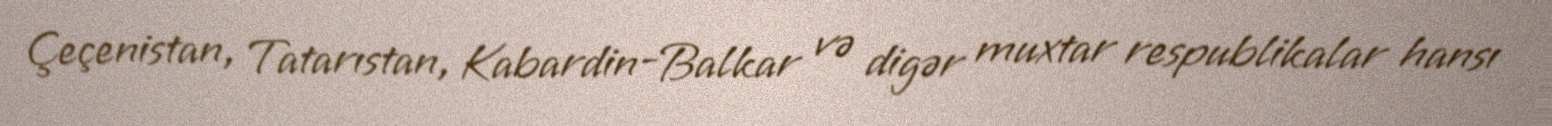
Çeçenistan, Tatarıstan, Kabardin-Balkar və digər muxtar respublikalar hansı